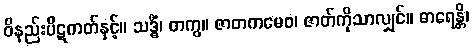
ဝိနည်းပိဋကတ်နှင့်။ သဒ္ဓိံ၊ တကွ။ ဇာတကမေဝ၊ ဇာတ်ကိုသာလျှင်။ ဓာရေန္တိ၊